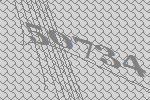
50734